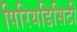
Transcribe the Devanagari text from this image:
पिरियडिसिटी